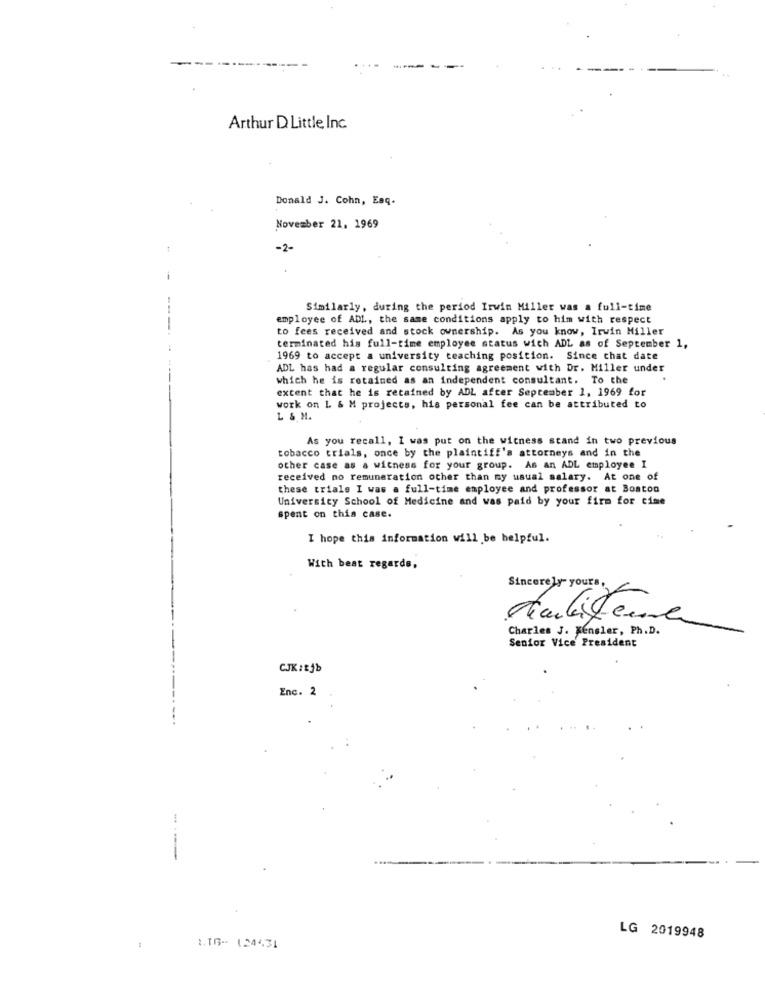
-----------
Arthur D Little Inc.
Donald J. Cohn, Esq.
November 21, 1969
-2-
Similarly, during the period Irwin Miller was a full-time
employee of ADL, the same conditions apply to him with respect
to fees received and stock ownership. As you know, Irwin Miller
terminated his full-time employee status wich ADL as of September 1,
1969 to accept a university teaching position. Since chat date
ADL has had a regular consulting agreement with Dr. Miller under
which he is retained as an independent consultant. To the
extent that he is retained by ADL after September 1, 1969 for
work on L & M projects, his personal fee can be attributed to
L & M.
As you recall, I was put on the witness stand in two previous
tobacco trials, once by the plaintiff's attorneys and in the
other case as a witness for your group. As an ADL employee I
received no remuneration other than my usual salary. At one of
these trials I was a full-time employee and professor at Boston
University School of Medicine and was paid by your firm for cime
spent on this case.
I hope this information will be helpful.
With best regards,
Sincerely yours,
Charles J. Mensler, Ph.D.
Senior Vice President
CJK:Ejb
Enc. 2
LG 2019948
1
1.16- 124431